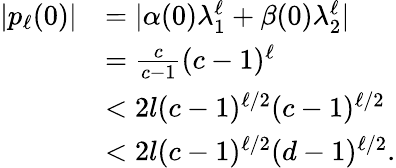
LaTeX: \begin{array}{rl}{|{p_{\ell}(0)}|}&{=|{\alpha(0)\lambda_{1}^{\ell}+\beta(0)\lambda_{2}^{\ell}}|}\\ &{=\frac{c}{c-1}(c-1)^{\ell}}\\ &{<2l(c-1)^{\ell/2}(c-1)^{\ell/2}}\\ &{<2l(c-1)^{\ell/2}(d-1)^{\ell/2}.}\end{array}